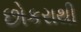
છોકરાથી